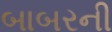
બાબરની